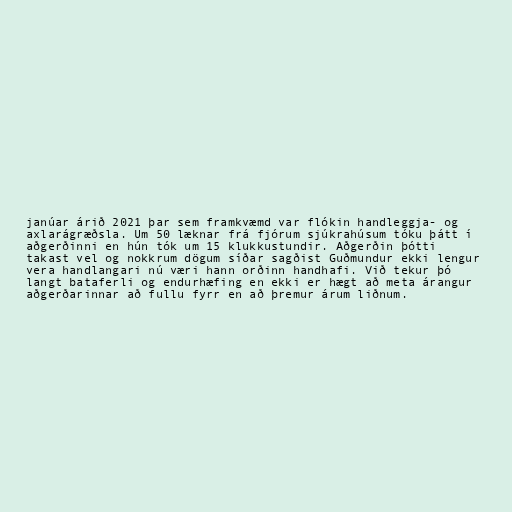
janúar árið 2021 þar sem framkvæmd var flókin handleggja- og
axlarágræðsla. Um 50 læknar frá fjórum sjúkrahúsum tóku þátt í
aðgerðinni en hún tók um 15 klukkustundir. Aðgerðin þótti
takast vel og nokkrum dögum síðar sagðist Guðmundur ekki lengur
vera handlangari nú væri hann orðinn handhafi. Við tekur þó
langt bataferli og endurhæfing en ekki er hægt að meta árangur
aðgerðarinnar að fullu fyrr en að þremur árum liðnum.